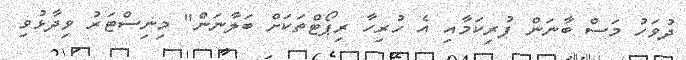
ދުވަހު މަސް ބާނަން ފުރިކަމާއި އެ ހުރިހާ ރިޕޯޓްތަކަށް ބަލާނަން" މިނިސްޓަރު ވިދާޅުވި